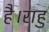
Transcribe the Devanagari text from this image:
है।राहु